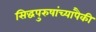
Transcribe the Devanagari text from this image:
सिद्धपुरुषांच्यापैकी